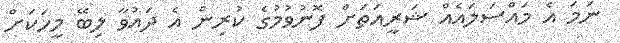
ނަމަ އެ މައްސަލައެއް ޝަރީއަތަށް ފޮނުވުމުގެ ކުރިން އެ ދައުވާ ލިބޭ މީހަކަށް